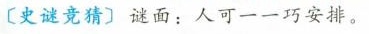
〔史谜竞猜〕谜面：人可一一巧安排。